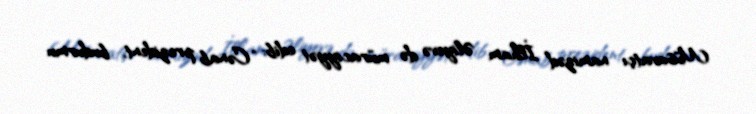
Müsavatçı namizəd İlham Əliyevə də müraciyyət edib: “Cənab prezident, budurmu